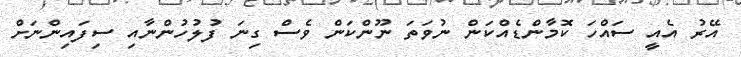
އޭރު އެއީ ސައްހަ ކޮމާންޑެއްކަން ނުވަތަ ނޫންކަން ވެސް ގިނަ ފުލުހުންނާއި ސިފައިންނަށް